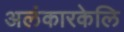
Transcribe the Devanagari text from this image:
अलंकारकेलि